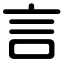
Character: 言